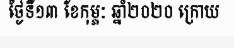
ថ្ងៃទី១៣ ខែកុម្ភៈ ឆ្នាំ២០២០ ក្រោយ